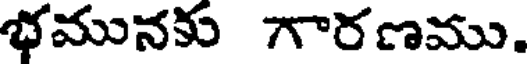
భమునకు గారణము.